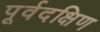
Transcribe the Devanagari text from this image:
पूर्वदक्षिण